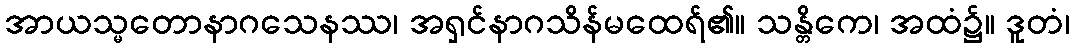
အာယသ္မတောနာဂသေနဿ၊ အရှင်နာဂသိန်မထေရ်၏။ သန္တိကေ၊ အထံ၌။ ဒူတံ၊